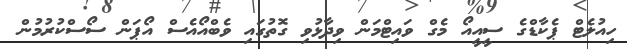
ހިއުލެޓް ޕެކާޑްގެ ސީއީއޯ މެގް ވައިޓްމަން ވިދާޅުވި ގޮތުގައި ވެބްއޯއެސް އޯޕަން ސޯސްކުރުމުން